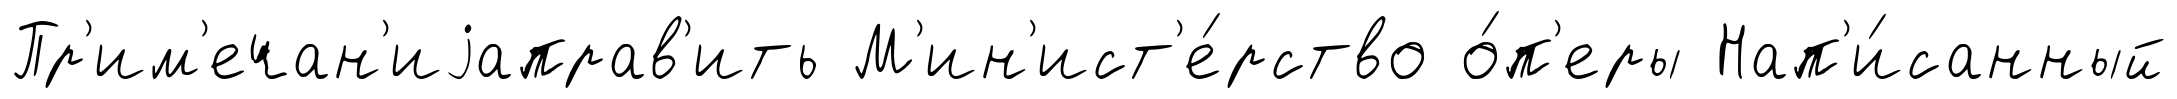
Пр'им'ечан'иjаправ'ить М'ин'ист'е́рство о́п'еры Нап'и́санный